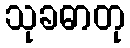
သုခဓာတု